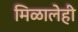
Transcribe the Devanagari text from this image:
मिळालेही